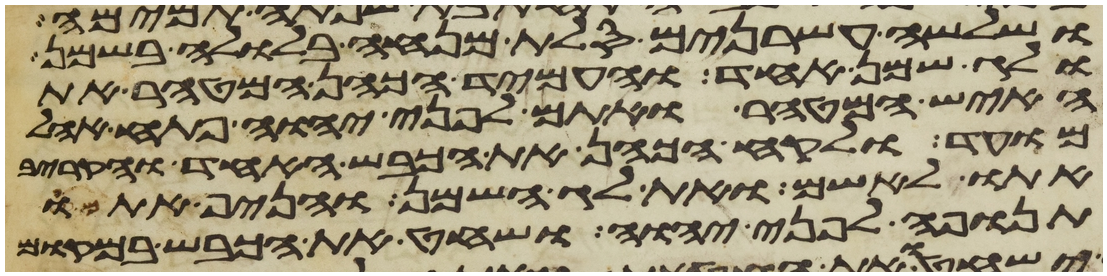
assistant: ושלשה עשרנים סלת מנחה בלולה בשמן
ולג שמן אחד והעמיד הכהן המטהר את
האיש המטהר ואתם לפני יהוה פתח אהל
מועד ולקח הכהן את הכבש האחד והקריב
אתו לאשם ואת לג השמן והניף אתם
תנופה לפני יהוה ושחט את הכבש במקום